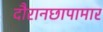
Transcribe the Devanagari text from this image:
दौरानछापामार